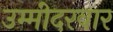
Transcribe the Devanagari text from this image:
उम्मीदरवार